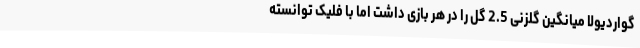
گواردیولا میانگین گلزنی 2.5 گل را در هر بازی داشت اما با فلیک توانسته